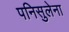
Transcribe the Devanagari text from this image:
पनिसुलेना